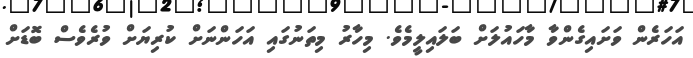
އަހަރެން ވަށައިގެންވާ މާހައުލަށް ބަލައިލީމެވެ. މިހާރު މިތަނުގައި އަހަންނަށް ކުރިޔަށް ވުރެވެސް ބޮޑަށް